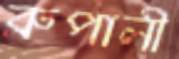
রুপালী